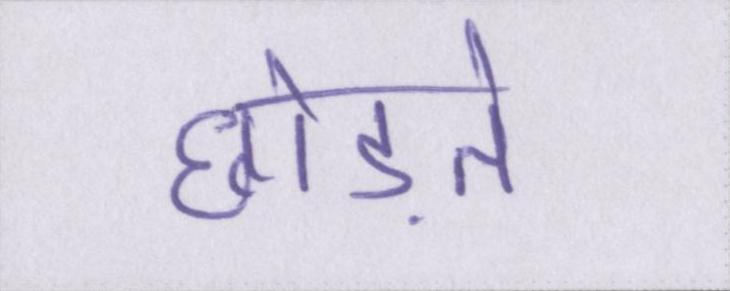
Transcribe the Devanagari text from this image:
छोड़ते